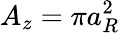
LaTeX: A_{z}=\pi a_{R}^{2}